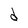
Character: d